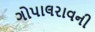
ગોપાલરાવની